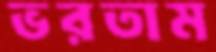
ভরতাম